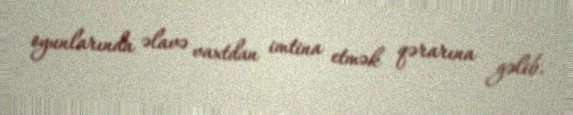
oyunlarında əlavə vaxtdan imtina etmək qərarına gəlib.